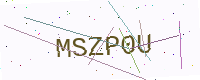
Text: MSZP0U